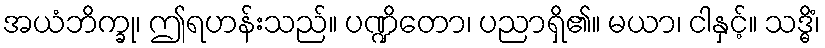
အယံဘိက္ခု၊ ဤရဟန်းသည်။ ပဏ္ဍိတော၊ ပညာရှိ၏။ မယာ၊ ငါနှင့်။ သဒ္ဓိံ၊